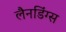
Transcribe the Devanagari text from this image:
लैनडिंग्स